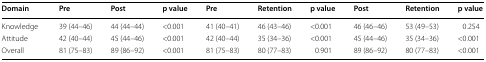
| Domain | Pre | Post | p value | Pre | Retention | p value | Post | Retention | p value |
 | --- | --- | --- | --- | --- | --- | --- | --- | --- | --- |
 | Knowledge | 39 (44–46) | 44 (44–44) | <0.001 | 41 (40–41) | 46 (43–46) | <0.001 | 46 (46–46) | 53 (49–53) | 0.254 |
 | Attitude | 42 (40–44) | 45 (44–46) | <0.001 | 42 (40–44) | 35 (34–36) | <0.001 | 45 (44–46) | 35 (34–36) | <0.001 |
 | Overall | 81 (75–83) | 89 (86–92) | <0.001 | 81 (75–83) | 80 (77–83) | 0.901 | 89 (86–92) | 80 (77–83) | <0.001 |